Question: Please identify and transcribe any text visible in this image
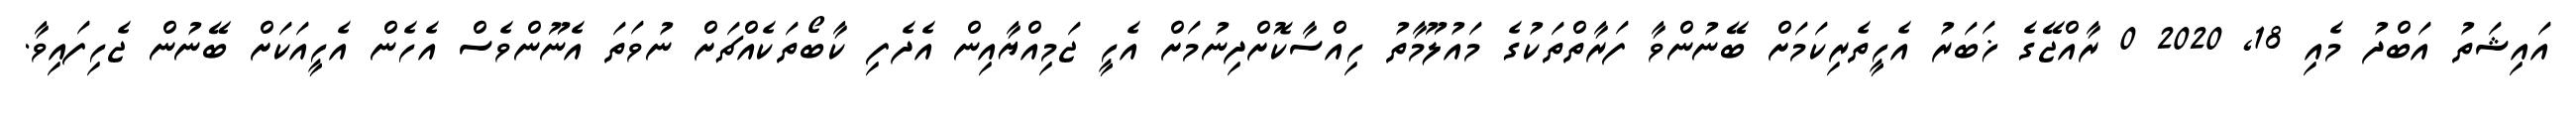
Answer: އައިޝަތު އަބްދު މެއި 18, 2020 0 ރާއްޖޭގެ ޚަބަރު އެހީތެރިކަމަށް ބޭނުންވާ ފަރާތްތަކުގެ މައުލޫމާތު ހިއްސާކޮށްދިނުމަށް އެހީ ޖަމިއްޔާއިން އެދެފި ކާބޯތަކެއްޗަށް ނުވަތަ އެނޫންވެސް އެހެން އެހީއަކަށް ބޭނުން ޖެހިފައިވާ.